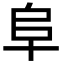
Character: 阜